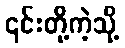
၎င်းတို့ကဲ့သို့